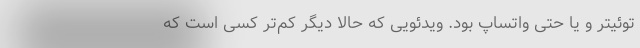
توئیتر و یا حتی واتساپ بود. ویدئویی که حالا دیگر کم‌تر کسی است که